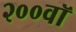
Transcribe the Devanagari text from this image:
२००वॉ